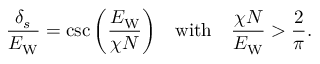
\frac { \delta _ { s } } { E _ { \mathrm { W } } } = \csc \bigg ( \frac { E _ { \mathrm { W } } } { \chi N } \bigg ) \quad \mathrm { w i t h } \quad \frac { \chi N } { E _ { \mathrm { W } } } > \frac { 2 } { \pi } .